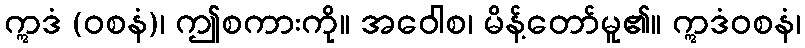
ဣဒံ (ဝစနံ)၊ ဤစကားကို။ အဝေါစ၊ မိန့်တော်မူ၏။ ဣဒံဝစနံ၊